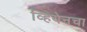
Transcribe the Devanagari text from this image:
व्हियेनचा